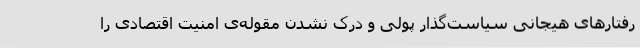
رفتارهای هیجانی سیاست‌گذار پولی و درک نشدن مقوله‌ی امنیت اقتصادی را